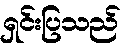
ရှင်းပြသည်